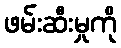
ဖမ်းဆီးမှုကို